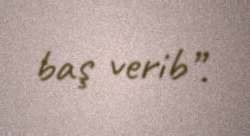
baş verib”.